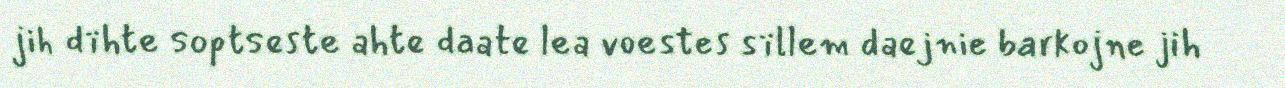
jih dïhte soptseste ahte daate lea voestes sïllem daejnie barkojne jih